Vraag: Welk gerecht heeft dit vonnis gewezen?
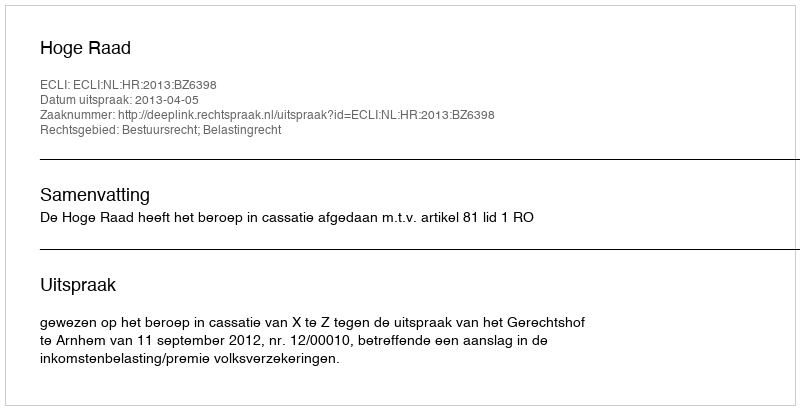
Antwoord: Hoge Raad